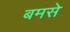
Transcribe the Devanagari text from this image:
बमसे